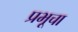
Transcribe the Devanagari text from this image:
प्रभूचा